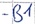
Text: -B1